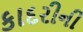
કાદરીની